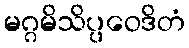
မဂ္ဂမိသိပ္ပဝေဒိတံ